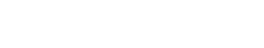
ဖွင့်လိုက်သကဲ့သို့ ဖြစ်သည်။